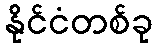
နိုင်ငံတစ်ခု